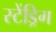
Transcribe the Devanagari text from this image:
स्टेंड्रिग